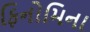
ફિનોમિના